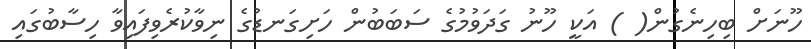
ހޫނަށް ބިހިނެގުން( ) އަކީ ހޫނު ގަދަވުމުގެ ސަބަބުން ހަށިގަނޑުގެ ނިވާކުރެވިފައިވާ ހިސާބުގައި